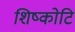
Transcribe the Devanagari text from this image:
शिष्कोटि